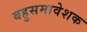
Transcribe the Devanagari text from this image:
बहुसमावेशक